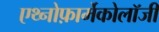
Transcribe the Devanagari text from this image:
एथ्नोफ़ार्मेकोलॉजी